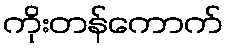
ကိုးတန်ကောက်